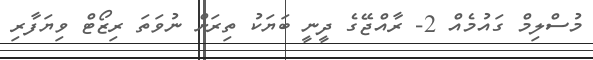
މުސްލިމް ގައުމެއް 2- ރާއްޖޭގެ ދީނީ ބަޔަކު ތިރަށް ނުވަތަ ރިޒޯޓް ވިޔަފާރި